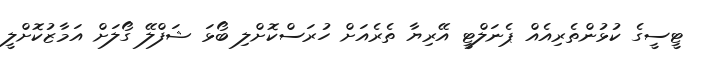
ޓީސީގެ ކުޅުންތެރިއެއް ޕެނަލްޓީ އޭރިޔާ ތެރެއަށް ހުރަސްކޮށްލި ބޯޅަ ޝަފްލޭ ގޯލަށް އަމާޒުކޮށްލީ